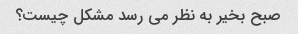
صبح بخیر به نظر می رسد مشکل چیست؟